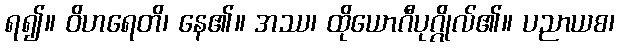
ရ၍။ ဝိဟရေတိ၊ နေ၏။ အဿ၊ ထိုယောဂီပုဂ္ဂိုလ်၏။ ပညာယစ၊